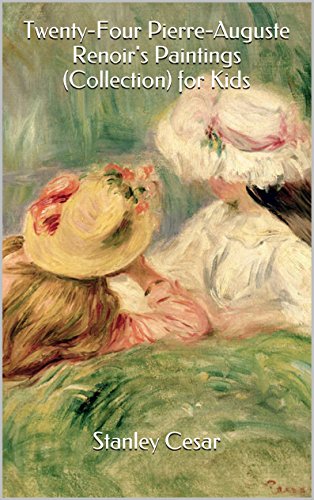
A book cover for Twenty-Four Pierre-Auguste Renoir's Paintings (Collection) for Kids; Stanley Cesar; Cookbooks, Food & Wine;